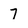
Character: 7